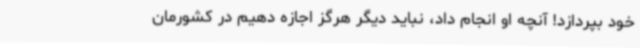
خود بپردازد! آنچه او انجام داد، نباید دیگر هرگز اجازه دهیم در کشورمان